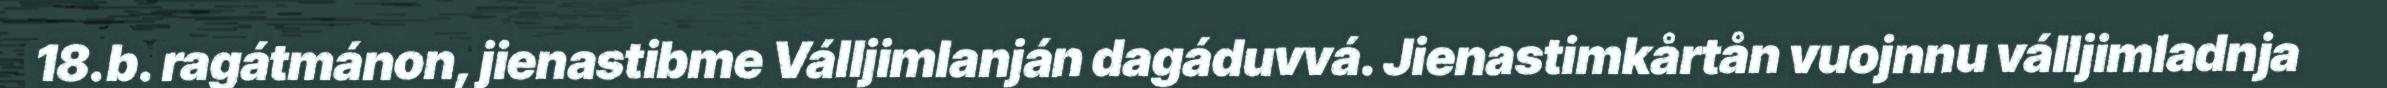
18.b. ragátmánon, jienastibme Válljimlanján dagáduvvá. Jienastimkårtån vuojnnu válljimladnja